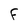
Character: f